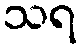
သရ